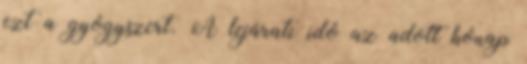
ezt a gyógyszert. A lejárati idő az adott hónap